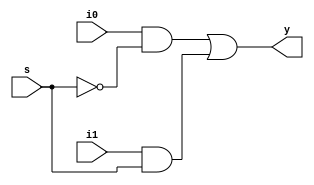
`timescale 1ns / 1ps
//////////////////////////////////////////////////////////////////////////////////
// Company: 
// Engineer: 
// 
// Design Name: 
// Module Name: mux_2to1
// Project Name: 
// Target Devices: 
// Tool Versions: 
// Description: 
// 
// Dependencies: 
// 
// Revision:
// Revision 0.01 - File Created
// Additional Comments:
// 
//////////////////////////////////////////////////////////////////////////////////


module mux_2to1(i0, i1, s, y);

    input i0, i1;
    input s;
    output y;
    
    wire z1, z2;
    
    and(z1, i0, ~s);
    and(z2, i1, s);
    or(y, z1, z2);

endmodule